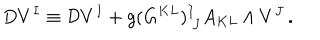
D V ^ { I } \equiv { \cal D } V ^ { I } + g ( G ^ { K L } ) _ { ~ J } ^ { I } A _ { K L } \wedge V ^ { J } \, .